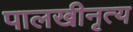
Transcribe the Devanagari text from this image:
पालखीनृत्य